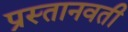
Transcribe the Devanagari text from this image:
प्रस्तानवती